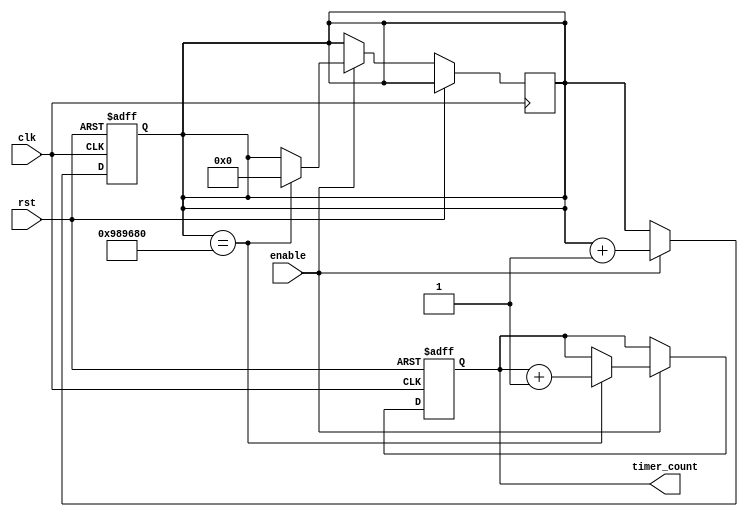
module RTC_timer (
  input wire clk, // high-precision clock source
  input wire rst, // reset signal
  input wire enable, // enable signal for the RTC timer
  
  output reg [31:0] timer_count // counter to keep track of time
);

// Synchronization logic to ensure reliable operation across different clock domains
reg [31:0] sync_count;
always @(posedge clk or posedge rst) begin
  if (rst) begin
    sync_count <= 0;
  end else begin
    if (enable) begin
      sync_count <= sync_count + 1;
    end
  end
end

// Real-time clock timer functionality
always @(posedge clk or posedge rst) begin
  if (rst) begin
    timer_count <= 0;
  end else begin
    if (enable) begin
      if (sync_count == 10000000) begin // 1 second interval
        timer_count <= timer_count + 1;
        sync_count <= 0;
      end
    end
  end
end

endmodule